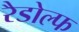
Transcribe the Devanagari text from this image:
रैडोल्फ